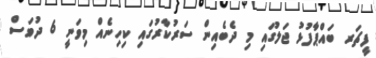
ފީޗަރ ބައްޕާފުޅު ޖަލުގައި މި ދެބެއިން ސަރުކާރުގައި ކިހިނެއް މިވަނީ 6 ދުވަސް